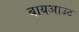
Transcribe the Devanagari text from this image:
बायआउट